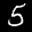
Label: 5